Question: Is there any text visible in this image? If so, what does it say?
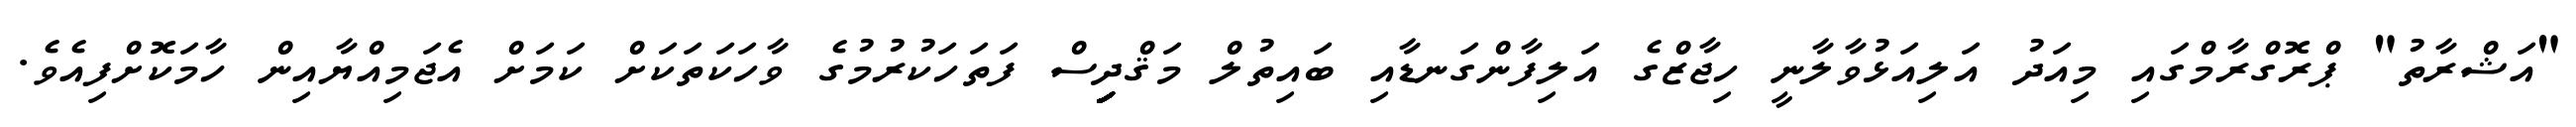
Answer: "އަޝްރާތު" ޕްރޮގްރާމްގައި މިއަދު އަލިއަޅުވާލާނީ ހިޖާޒްގެ އަލިފާންގަނޑާއި ބައިތުލް މަޤްދިިިިިިިިިިިިިިިިިިިިިިިސް ފަތަހަކުރުމުގެ ވާހަކަތަކަށް ކަމަށް އެޖަމިއްޔާއިން ހާމަކޮށްފިއެވެ.